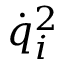
{ { \dot { q } } _ { i } } ^ { 2 }